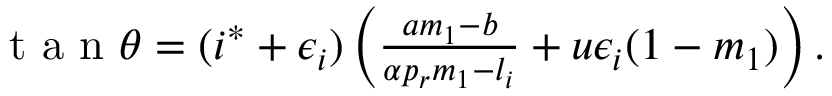
\begin{array} { r } { \mathrm { ~ t ~ a ~ n ~ } \theta = ( i ^ { * } + \epsilon _ { i } ) \left( \frac { a m _ { 1 } - b } { \alpha p _ { r } m _ { 1 } - l _ { i } } + u \epsilon _ { i } ( 1 - m _ { 1 } ) \right) . } \end{array}